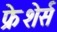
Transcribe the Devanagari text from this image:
फ्रेशेर्स